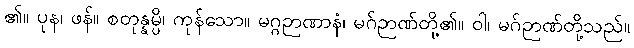
၏။ ပုန၊ ဖန်။ စတုန္နမ္ပိ၊ ကုန်သော။ မဂ္ဂဉာဏာနံ၊ မဂ်ဉာဏ်တို့၏။ ဝါ၊ မဂ်ဉာဏ်တို့သည်။